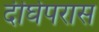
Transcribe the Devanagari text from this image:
दीर्घपरास